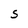
Character: S